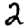
Digit: 2